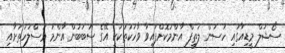
ސޯޝަލް މީޑިއާގައި ހަސަން ލަތީފް އާންމުކޮށްފައިވާ ވާހަކަތަކަކީ އޭގެ ސަބަބުން އާންމު މަސްލަހަތަށާއި